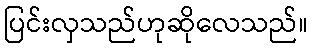
ပြင်းလှသည်ဟုဆိုလေသည်။